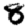
Digit: 8